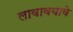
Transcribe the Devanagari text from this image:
लावावयावे